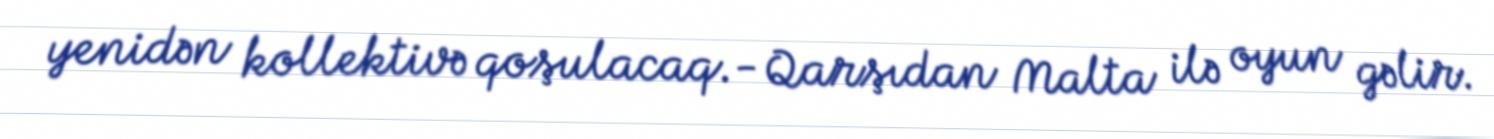
yenidən kollektivə qoşulacaq.- Qarşıdan Malta ilə oyun gəlir.